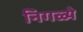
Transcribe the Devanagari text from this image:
निगळ्ये